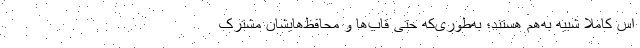
اس کاملا شبیه به‌هم هستند؛ به‌طوری‌که حتی قاب‌ها و محافظ‌هایشان مشترک